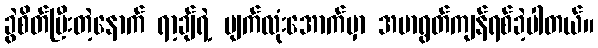
ခွဲစိတ်ပြီးတဲ့နောက် ရာ့ချ်ရဲ့ မျက်လုံးအောက်မှာ အမာရွတ်ကျန်ရစ်ခဲ့ပါတယ်။